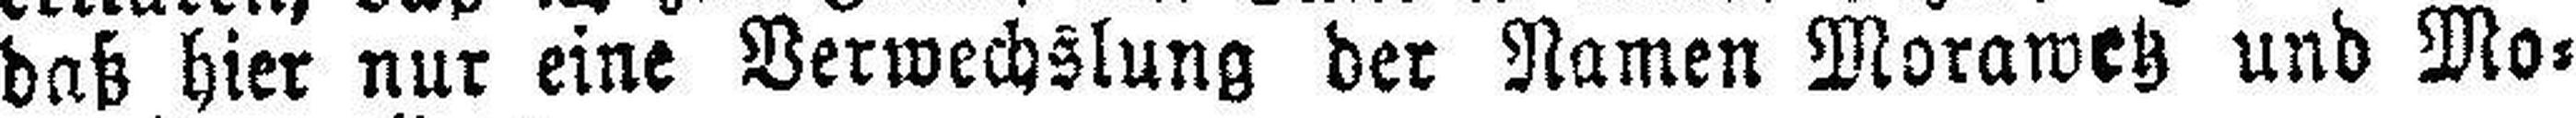
daß hier nur eine Verwechslung der Namen Morawetz und Mo¬